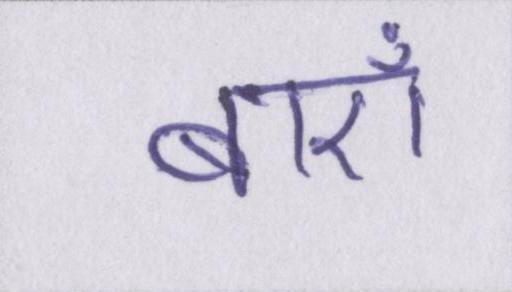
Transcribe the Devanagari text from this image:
बाएँ